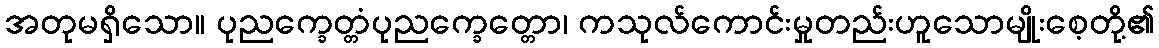
အတုမရှိသော။ ပုညက္ခေတ္တံပုညက္ခေတ္တော၊ ကသုလ်ကောင်းမှုတည်းဟူသောမျိုးစေ့တို့၏